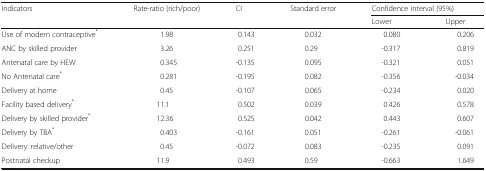
| <ROWSPAN=2> Indicators | <ROWSPAN=2> Rate-ratio (rich/poor) | <ROWSPAN=2> CI | <ROWSPAN=2> Standard error | <COLSPAN=2> Confidence interval (95%) |
 | Lower | Upper |
 | --- | --- | --- | --- | --- | --- |
 | Use of modern contraceptive* | 1.98 | 0.143 | 0.032 | 0.080 | 0.206 |
 | ANC by skilled provider | 3.26 | 0.251 | 0.29 | -0.317 | 0.819 |
 | Antenatal care by HEW | 0.345 | -0.135 | 0.095 | -0.321 | 0.051 |
 | No Antenatal care* | 0.281 | -0.195 | 0.082 | -0.356 | -0.034 |
 | Delivery at home | 0.45 | -0.107 | 0.065 | -0.234 | 0.020 |
 | Facility based delivery* | 11.1 | 0.502 | 0.039 | 0.426 | 0.578 |
 | Delivery by skilled provider* | 12.36 | 0.525 | 0.042 | 0.443 | 0.607 |
 | Delivery by TBA* | 0.403 | -0.161 | 0.051 | -0.261 | -0.061 |
 | Delivery: relative/other | 0.45 | -0.072 | 0.083 | -0.235 | 0.091 |
 | Postnatal checkup | 11.9 | 0.493 | 0.59 | -0.663 | 1.649 |